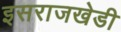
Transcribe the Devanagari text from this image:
इसराजखेडी